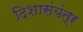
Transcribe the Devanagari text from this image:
दिशासंयंत्र